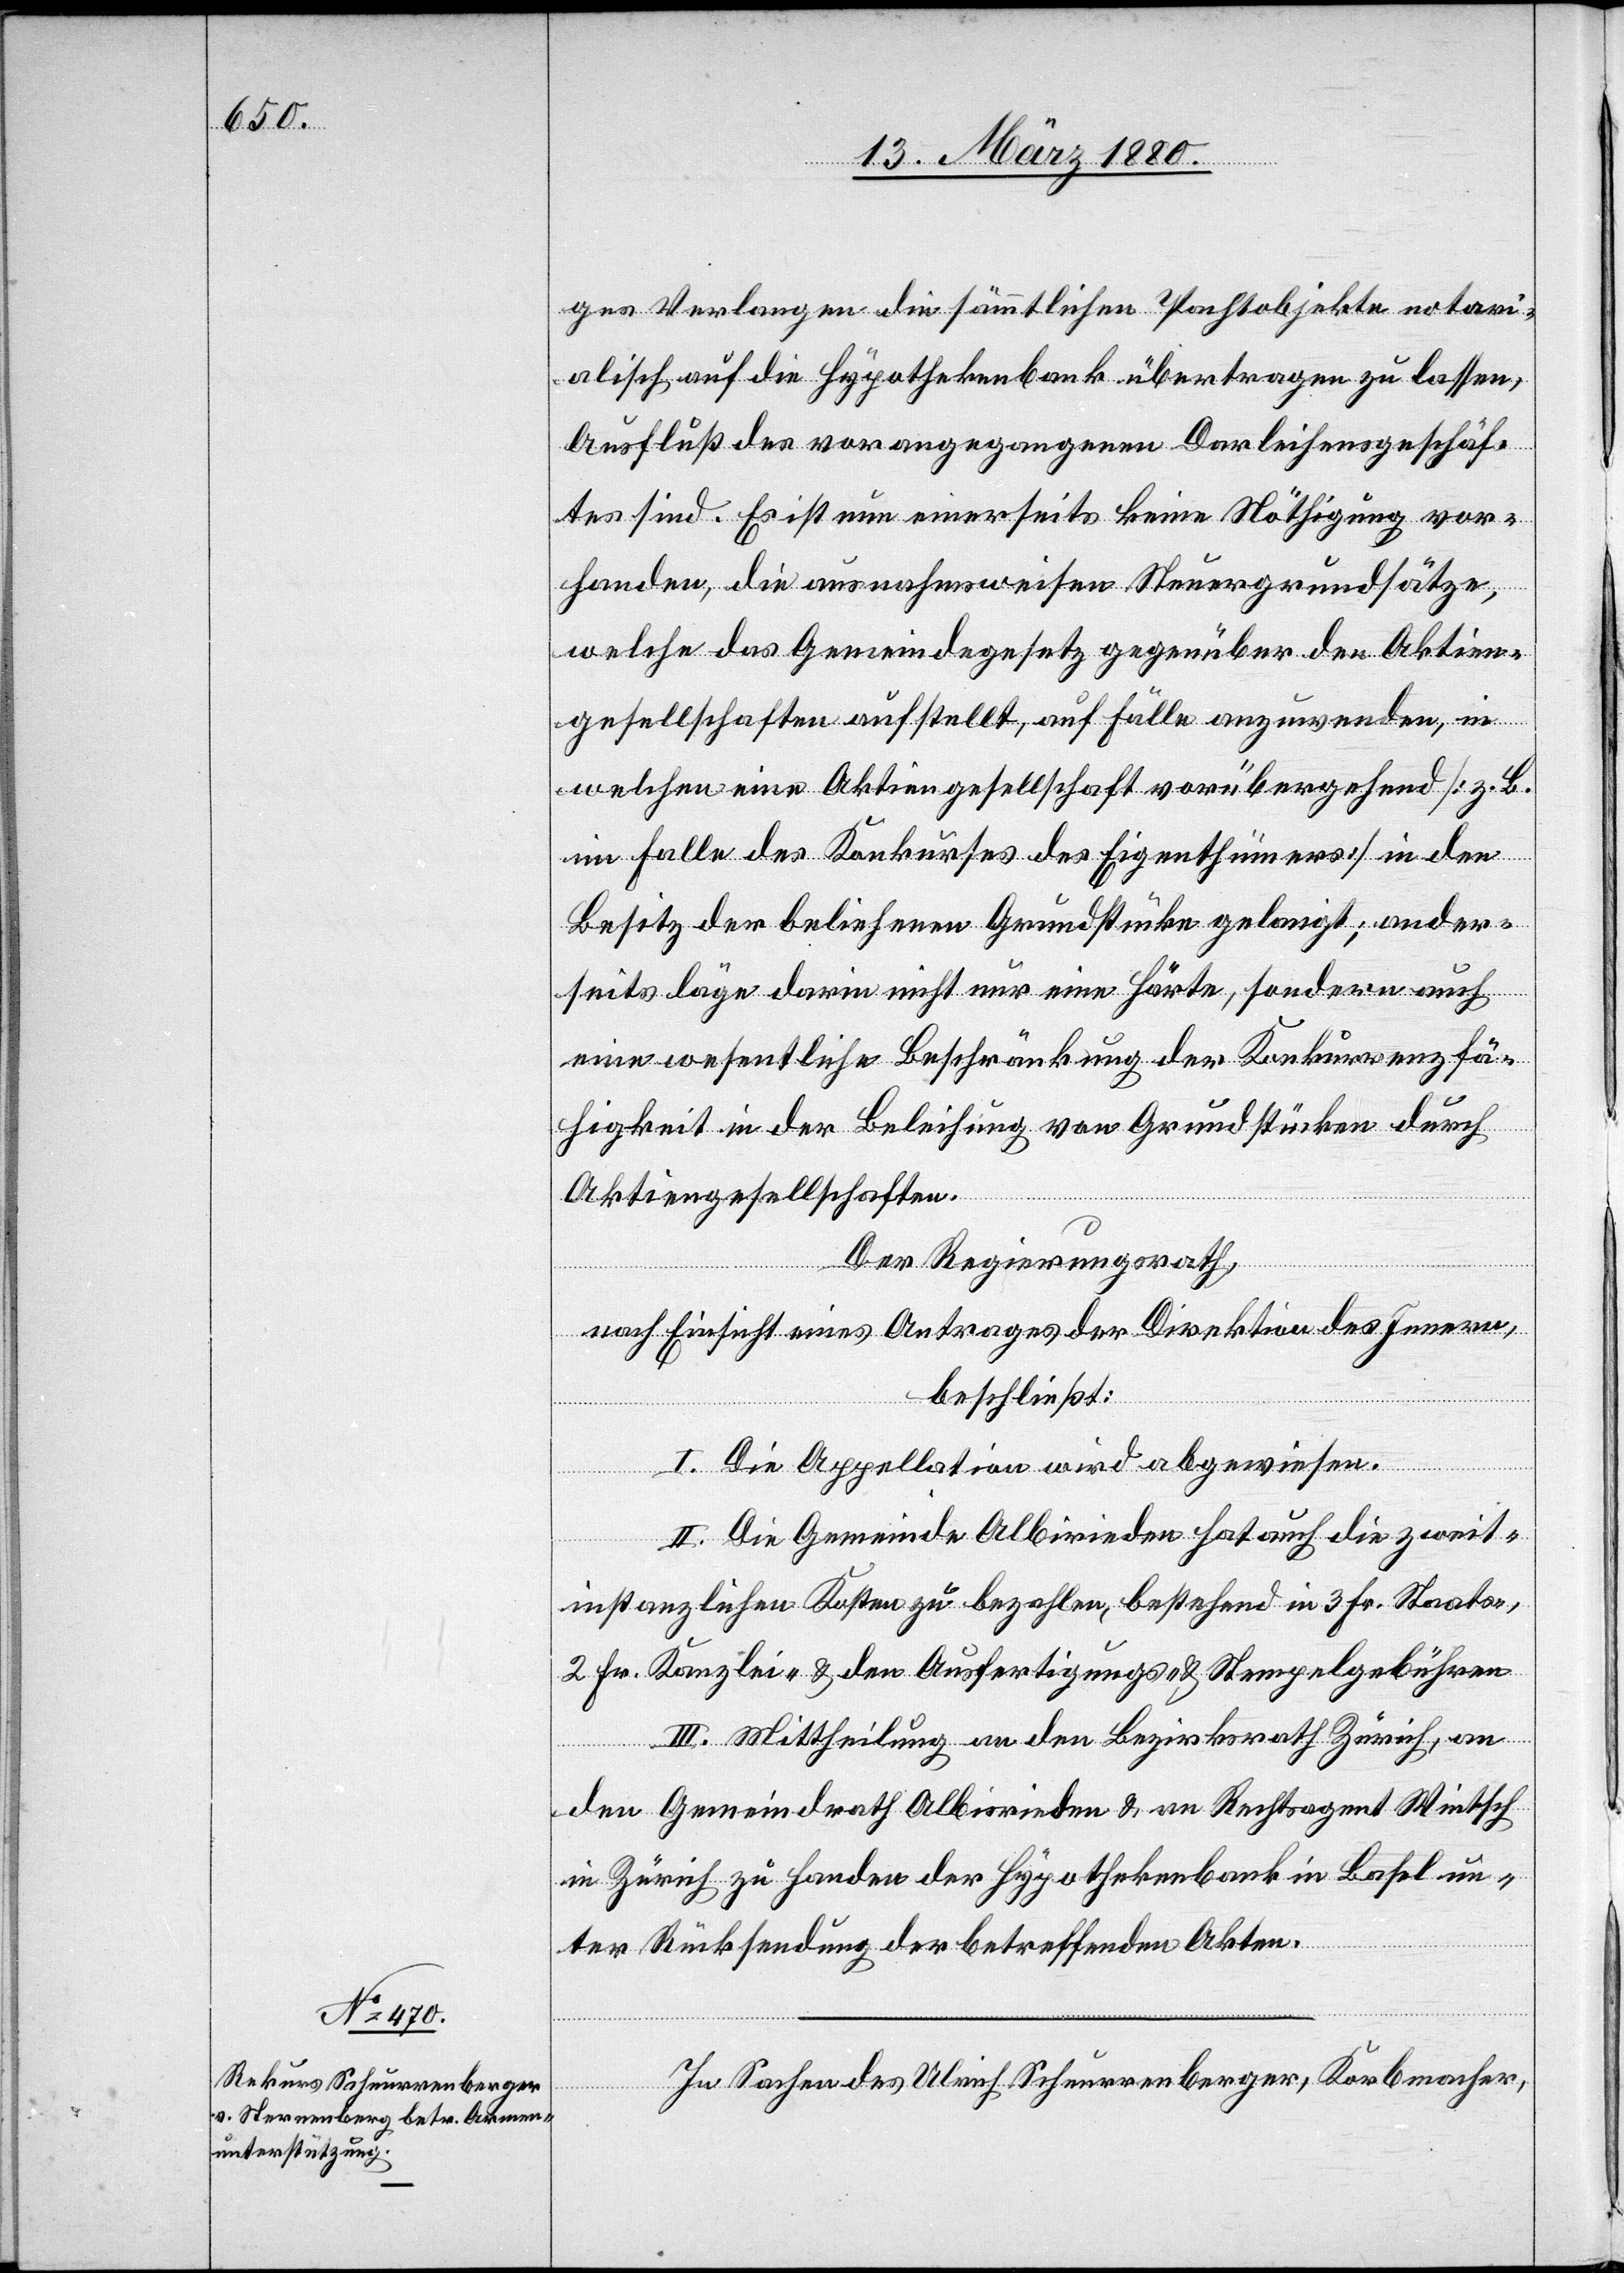
ges Verlangen die sämmtlichen Pachtobjekte notari¬
alisch auf die Hypothekenbank übertragen zu lassen,
Ausfluß des vorangegangenen Darleihensgeschäf¬
tes sind. Es ist nun einerseits keine Nöthigung vor¬
handen, die ausnahmsweise Steuergrundsätze,
welche das Gemeindegesetz gegenüber den Aktien¬
gesellschaften aufstellt, auf Fälle anzuwenden, in
welchen eine Aktiengesellschaft vorübergehend [z. B.
im Falle des Konkurses des Eigenthümers] in den
Besitz der beliehenen Grundstücke gelangt; ander¬
seits läge darin nicht nur eine Härte, sondern auch
eine wesentliche Beschränkung der Konkurrenzfä¬
higkeit in der Beleihung von Grundstücken durch
Aktiengesellschaften.
Der Regierungsrath,
nach Einsicht eines Antrages der Direktion des Innern,
beschließt:
I. Die Appellation wird abgewiesen.
II. Die Gemeinde Albisrieden hat auch die zweit¬
instanzlichen Kosten zu bezahlen, bestehend in 3 Fr. Staats-,
2 Fr. Kanzlei- & den Ausfertigungs- & Stempelgebühren.
III. Mittheilung an den Bezirksrath Zürich, an
den Gemeindrath Albisrieden & an Rechtsagent Wintsch
in Zürich zu Handen der Hypothekenbank in Basel un¬
ter Rücksendung der betreffenden Akten.
In Sachen des Ulrich Schnurrenberger, Korbmacher,